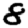
Digit: 8